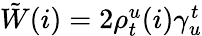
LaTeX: \begin{array}{r}{\tilde{W}(i)=2\rho_{t}^{u}(i)\gamma_{u}^{t}}\end{array}